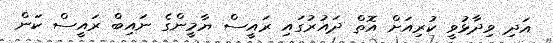
އަދި ވިދާޅުވީ ކުރިއަށް އޮތް ދައުރުގައި ރައީސް ޔާމީންގެ ނައިބް ރައީސް ކަން